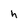
Character: h